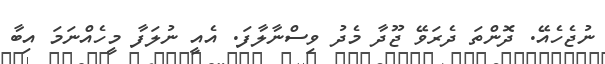
ނުޖެހެއޭ. ދޮންތަ ދެރަވޭ ޖޫދާ މެދު ވިސްނާލާފަ. އެއީ ނުލަފާ މީހެއްނަމަ އިބާ